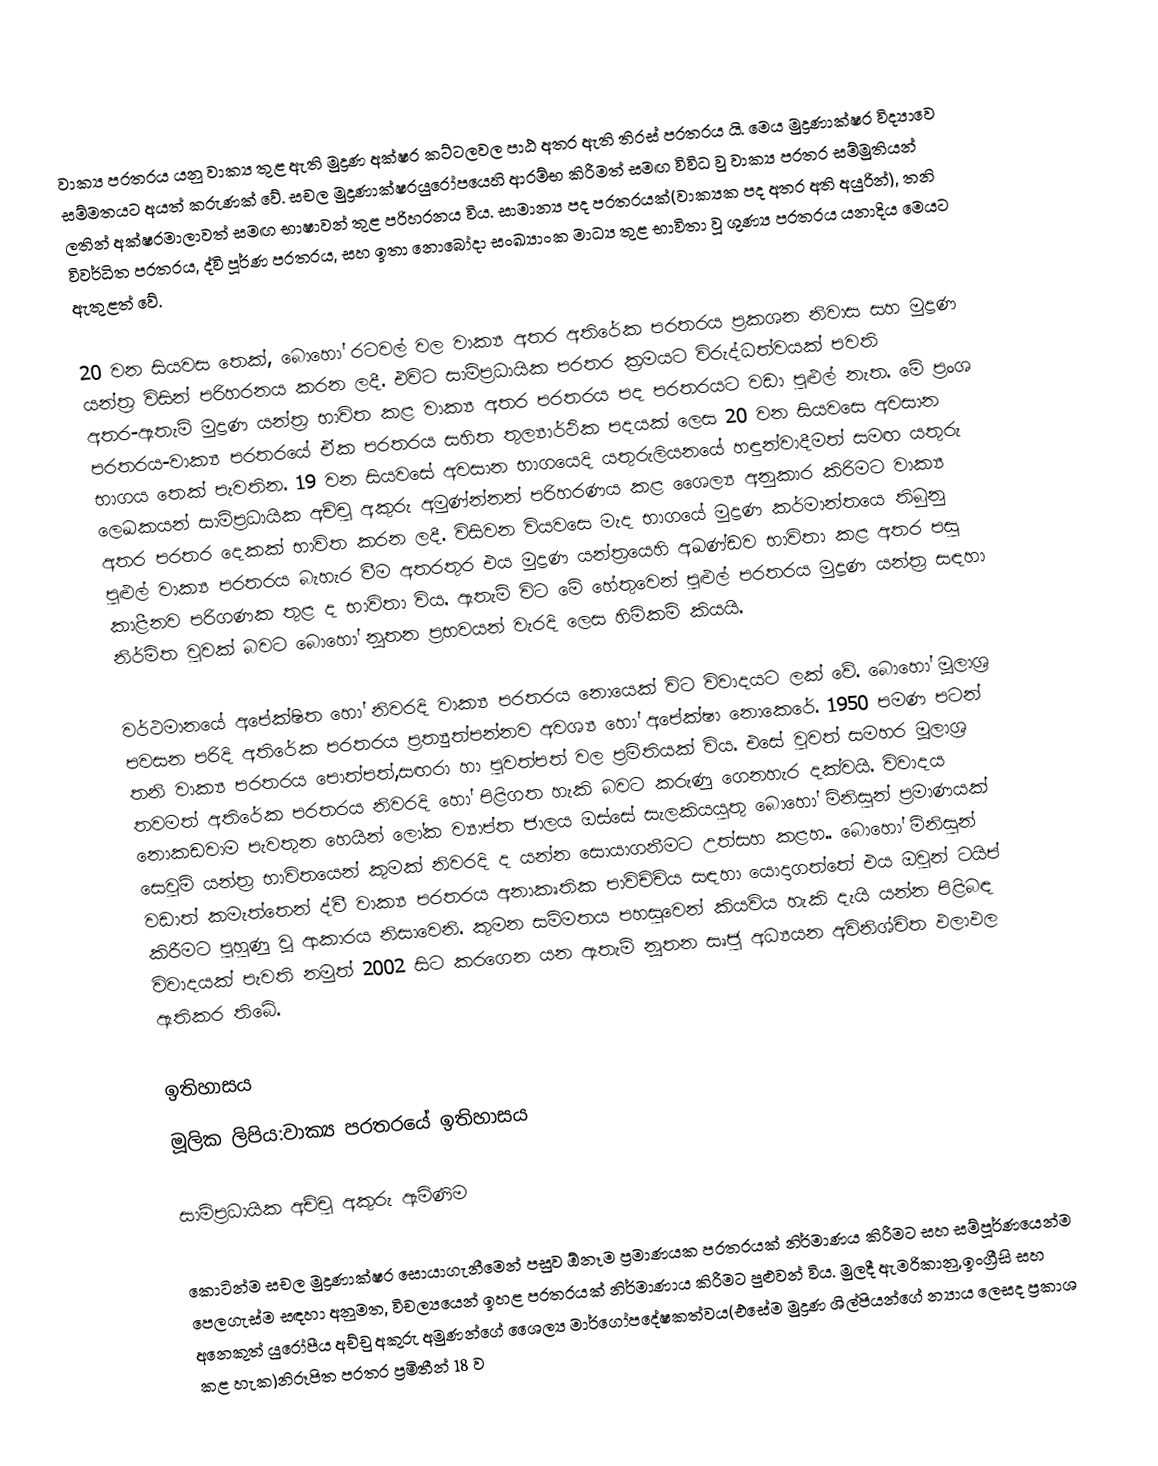
වාක්‍ය පරතරය යනු වාක්‍ය තුළ ඇති මුද්‍රණ අක්ෂර කට්ටලවල පාඨ අතර ඇති තිරස් පරතරය යි. මෙය මුද්‍රණාක්ෂර විද්‍යාවෙ සම්මතයට අයත් කරුණක් වේ. සචල මුද්‍රණාක්ෂරයුරෝපයෙහි ආරම්භ කිරීමත් සමඟ විවිධ වු වාක්‍ය පරතර සම්මුතියන් ලතින් අක්ෂරමාලාවත් සමඟ භාෂාවන් තුළ පරිහරනය විය. සාමාන්‍ය පද පරතරයක්(වාක්‍යක පද අතර අති අයුරින්), තනි විවර්ධිත පරතරය, ද්වි පූර්ණ පරතරය, සහ ඉතා නොබෝදා සංඛ්‍යාංක මාධ්‍ය තුළ භාවිතා වූ ශුණ්‍ය පරතරය යනාදිය මෙයට ඇතුළත් වේ.

20 වන සියවස තෙක්, බොහෝ රටවල් වල වාක්‍ය අතර අතිරේක පරතරය ප්‍රකශන නිවාස සහ මුද්‍රණ යන්ත්‍ර විසින් පරිහරනය කරන ලදී. එවිට සාම්ප්‍රධායික පරතර ක්‍රමයට විරුද්ධත්වයක් පවති අතර-ඇතැම් මුද්‍රණ යන්ත්‍ර භාවිත කළ වාක්‍ය අතර පරතරය පද පරතරයට වඩා පුළුල් නැත. මේ ප්‍රංශ පරතරය-වාක්‍ය පරතරයේ ඒක පරතරය සහිත තුල්‍යාර්ථික පදයක් ලෙස 20 වන සියවසෙ අවසාන භාගය තෙක් පැවතින. 19 වන සියවසේ අවසාන භාගයෙදි යතුරුලියනයේ හඳුන්වාදීමත් සමඟ යතුරු ලෙඛකයන් සාම්ප්‍රධායික අච්චු අකුරු අමුණ්න්නන් පරිහරණය කළ ශෛල්‍ය අනුකාර කිරිමට වාක්‍ය අතර පරතර දෙකක් භාවිත කරන ලදී. විසිවන වියවසෙ මැද භාගයේ මුද්‍රණ කර්මාන්තයෙ තිබුනු පුළුල් වාක්‍ය පරතරය බැහැර වීම අතරතුර එය මුද්‍රණ යන්ත්‍රයෙහි අඛණ්ඩව භාවිතා කළ අතර පසු කාළීනව පරිගණක තුළ ද භාවිතා විය. ඇතැම් විට මේ හේතුවෙන් පුළුල් පරතරය මුද්‍රණ යන්ත්‍ර සඳහා නිර්මිත වුවක් බවට බොහෝ නූතන ප්‍රභවයන් වැරදි ලෙස හිමිකම් කියයි.

වර්ථමානයේ අපේක්ෂිත හෝ නිවරදි වාක්‍ය පරතරය නොයෙක් විට විවාදයට ලක් වේ. බොහෝ මූලාශ්‍ර පවසන පරිදි අතිරේක පරතරය ප්‍රත්‍යුත්පන්නව අවශ්‍ය හෝ අපේක්ෂා නොකෙරේ. 1950 පමණ පටන් තනි වාක්‍ය පරතරය පොත්පත්,සඟරා හා පුවත්පත් වල ප්‍රමිතියක් විය. එසේ වුවත් සමහර මූලාශ්‍ර තවමත් අතිරේක පරතරය නිවරදි හෝ පිළිගත හැකි බවට කරුණු ගෙනහැර දක්වයි. විවාදය නොකඩවාම පැවතුන හෙයින් ලෝක ව්‍යාප්ත ජාලය ඔස්සේ සැලකියයුතු බොහෝ මිනිසුන් ප්‍රමාණයක් සෙවුම් යන්ත්‍ර භාවිතයෙන් කුමක් නිවරදි ද යන්න සොයාගනීමට උත්සහ කළහ.. බොහෝ මිනිසුන් වඩාත් කමැත්තෙන් ද්වී වාක්‍ය පරතරය අනාකෘතික පාවිච්චිය සඳහා යොදාගත්තේ එය ඔවුන් ටයිප් කිරීමට පුහුණු වූ ආකාරය නිසාවෙනි. කුමන සම්මතය පහසුවෙන් කියවිය හැකි දැයි යන්න පිළිබඳ විවාදයක් පැවති නමුත් 2002 සිට කරගෙන යන ඇතැම් නූතන සෘජු අධ්‍යයන අවිනිශ්චිත ඵලාඵල ඇතිකර තිබේ.

ඉතිහාසය
මූලික ලිපිය:වාක්‍ය පරතරයේ ඉතිහාසය

සාම්ප්‍රධායික අච්චු අකුරු ඇමිණිම

කොටින්ම සචල මුද්‍රණාක්ෂර සොයාගැනීමෙන් පසුව ඕනෑම ප්‍රමාණයක පරතරයක් නිර්මාණය කිරීමට සහ සම්පූර්ණයෙන්ම පෙලගැස්ම සඳහා අනුමත, විචල්‍යයෙන් ඉහළ පරතරයක් නිර්මාණාය කිරීමට පුළුවන් විය. මුලදී ඇමරිකානු,ඉංග්‍රීසි සහ අනෙකුත් යුරෝපීය අච්චු අකුරු අමුණන්ගේ ශෛල්‍ය මාර්ගෝපදේෂකත්වය(එසේම මුද්‍රණ ශිල්පියන්ගේ න්‍යාය ලෙසද ප්‍රකාශ කළ හැක)නිරූපිත පරතර ප්‍රමිතීන් 18 ව